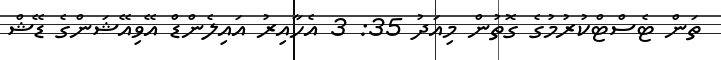
ތަން ޓެސްޓްކުރުމުގެ ގޮތުން މިއަދު 35: 3 އެހާއިރު އައިލެންޑް އޭވިއޭޝަންގެ ޑޭޝް